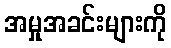
အမှုအခင်းများကို